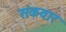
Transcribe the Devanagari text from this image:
संकवार